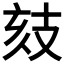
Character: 𢻉